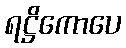
ရဋ္ဌိကောပေ